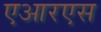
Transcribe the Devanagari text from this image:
एआरएस